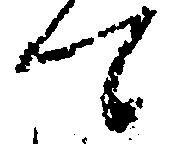
て